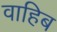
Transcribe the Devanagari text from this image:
वाहिब